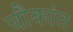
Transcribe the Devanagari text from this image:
चौकांत